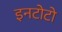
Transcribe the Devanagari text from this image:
इनटोटो